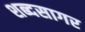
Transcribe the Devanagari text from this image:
शब्‍दसागर